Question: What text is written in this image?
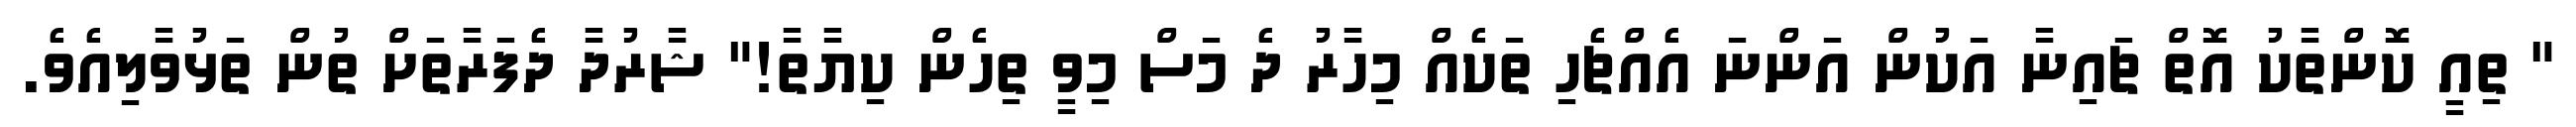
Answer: " ތިއީ ކޮންތާކު އޮތް ޗައިނާ އަކުން އަންނަ އެއްޗެހި ތަކެއް މިހާރު ދެ މަސް މިވީ ތިހެން ކިޔާތާ!" ޝާރުދާ ދެފަރާތަށް ތުން ތަޅުވާލިއެވެ.